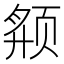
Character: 𱂬